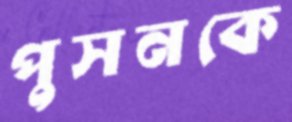
পুসনকে